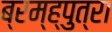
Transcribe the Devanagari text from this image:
ब्रम्ह्पुत्रा